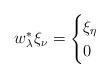
LaTeX: \begin{align*}w_\lambda^*\xi_\nu=\begin{cases}\xi_\eta &\\0 & \end{cases}\end{align*}